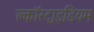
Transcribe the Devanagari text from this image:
क्लॉस्ट्राइडियम